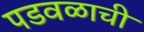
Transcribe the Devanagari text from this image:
पडवळाची